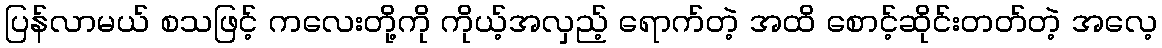
ပြန်လာမယ် စသဖြင့် ကလေးတို့ကို ကိုယ့်အလှည့် ရောက်တဲ့ အထိ စောင့်ဆိုင်းတတ်တဲ့ အလေ့